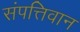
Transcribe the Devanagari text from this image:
संपत्तिवान